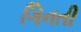
ગિનતી